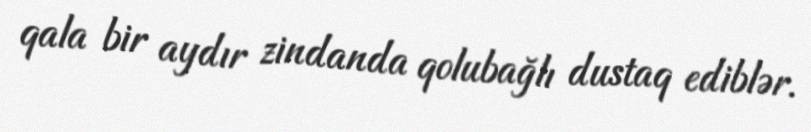
qala bir aydır zindanda qolubağlı dustaq ediblər.